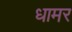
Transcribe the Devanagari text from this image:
धामर